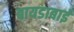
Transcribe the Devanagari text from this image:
बायडाबाई